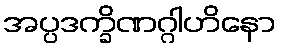
အပ္ပဒက္ခိဏဂ္ဂါဟိနော